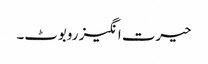
حیرت انگیز روبوٹ۔